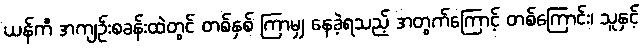
ယန်ကီ အကျဉ်းစခန်းထဲတွင် တစ်နှစ် ကြာမျှ နေခဲ့ရသည့် အတွက်ကြောင့် တစ်ကြောင်း၊ သူနှင့်